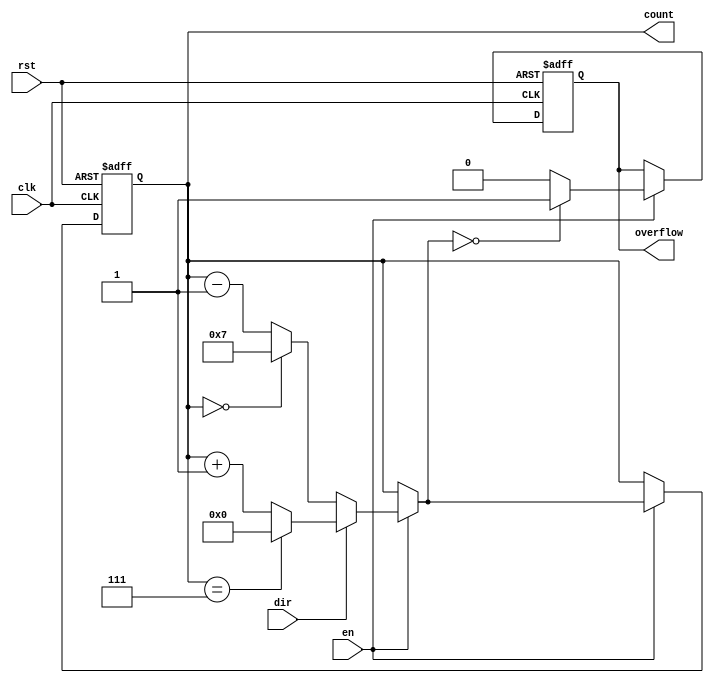
module modulus_counter #(
    parameter N = 8 // Default modulus value
)(
    input wire clk,          // Clock signal
    input wire rst,          // Active-high reset signal
    input wire en,           // Active-high enable signal
    input wire dir,          // Direction control signal (1 for up, 0 for down)
    output reg [N-1:0] count, // Current count value
    output reg overflow      // Overflow signal
);

    // Internal signal to hold the next count value
    reg [N-1:0] next_count;

    // Always block triggered on the rising edge of the clock
    always @(posedge clk or posedge rst) begin
        if (rst) begin
            count <= 0;       // Reset count to 0
            overflow <= 0;    // Clear overflow signal
        end else if (en) begin
            count <= next_count; // Update count to next count value
            overflow <= (next_count == 0) ? 1 : 0; // Set overflow if next count is 0
        end
    end

    // Combinational logic to determine the next count value
    always @(*) begin
        if (en) begin
            if (dir) begin // Counting up
                if (count == N-1) begin
                    next_count = 0; // Reset to 0 if reaching N
                end else begin
                    next_count = count + 1; // Increment count
                end
            end else begin // Counting down
                if (count == 0) begin
                    next_count = N-1; // Wrap around to N-1 if reaching 0
                end else begin
                    next_count = count - 1; // Decrement count
                end
            end
        end else begin
            next_count = count; // Hold current count if not enabled
        end
    end

endmodule